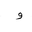
Letter: _waw